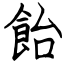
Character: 飴